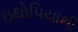
ઇથોપિયાથી